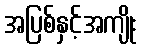
အပြစ်နှင့်အကျိုး